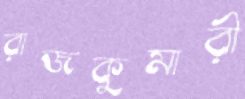
রাজকুমারী